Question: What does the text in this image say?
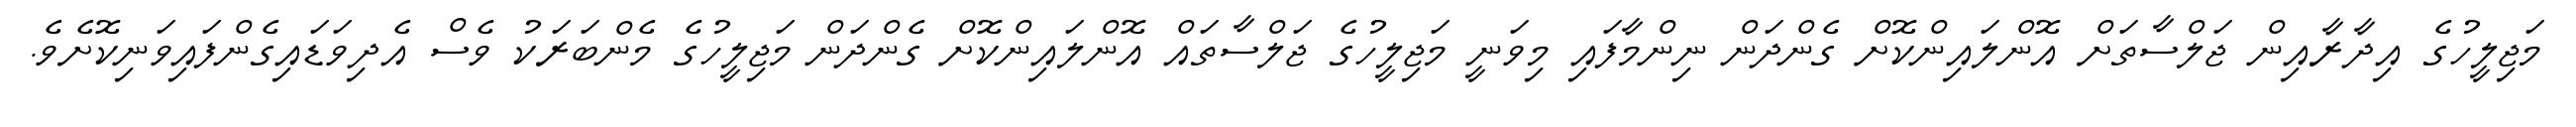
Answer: މަޖިލީހުގެ އިދާރާއިން ޖަލްސާތަށް އޮންލައިންކޮށް ގެންދަން ނިންމާފައި މިވަނީ މަޖިލީހުގެ ޖަލްސާތައް އޮންލައިންކޮށް ގެންދަން މަޖިލީހުގެ މެންބަރަކު ވެސް އެދިވަޑައިގެންފައިވަނިކޮށެވެ.